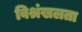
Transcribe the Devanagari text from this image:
विश्रंखलता